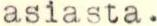
asiasta.